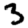
Digit: 3